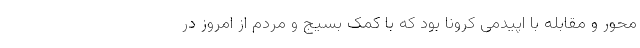
محور و مقابله با اپیدمی کرونا بود که با کمک بسیج و مردم از امروز در